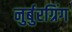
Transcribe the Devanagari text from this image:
नुर्बुरग्रिंग